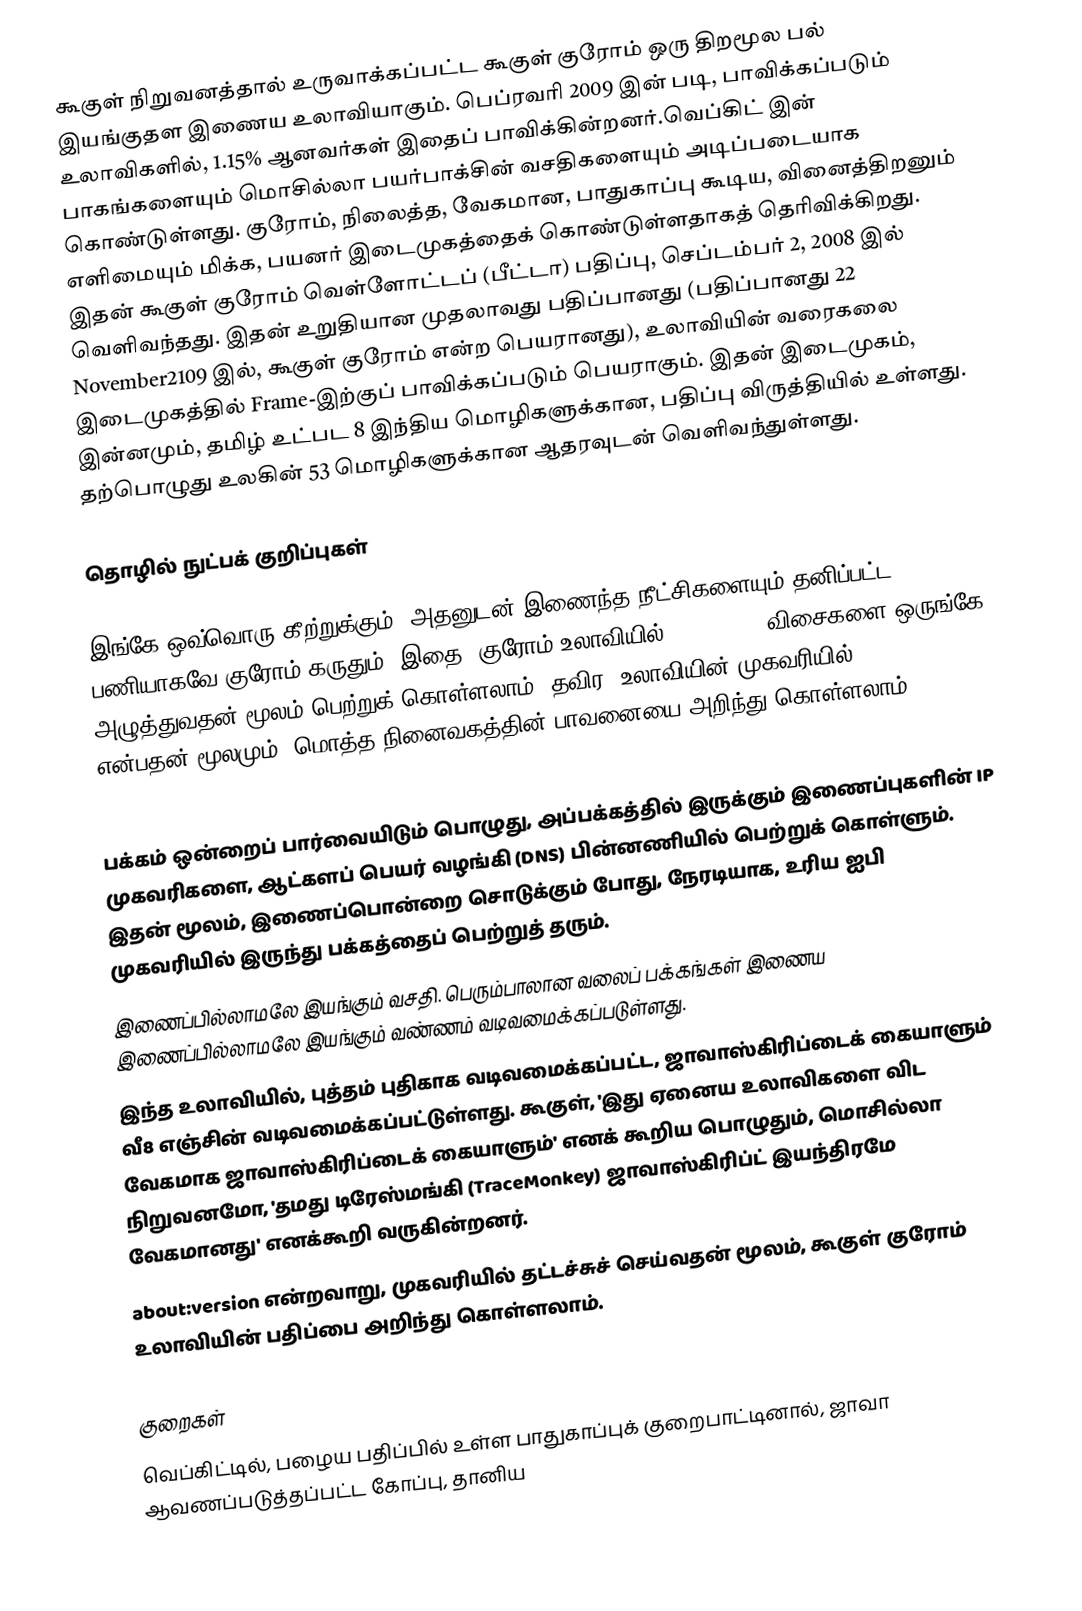
கூகுள் நிறுவனத்தால்  உருவாக்கப்பட்ட கூகுள் குரோம் ஒரு திறமூல பல் இயங்குதள இணைய உலாவியாகும். பெப்ரவரி 2009 இன் படி, பாவிக்கப்படும் உலாவிகளில், 1.15% ஆனவர்கள் இதைப் பாவிக்கின்றனர்.வெப்கிட் இன் பாகங்களையும் மொசில்லா பயர்பாக்சின் வசதிகளையும் அடிப்படையாக கொண்டுள்ளது. குரோம், நிலைத்த, வேகமான, பாதுகாப்பு கூடிய, வினைத்திறனும் எளிமையும் மிக்க, பயனர் இடைமுகத்தைக் கொண்டுள்ளதாகத் தெரிவிக்கிறது. இதன் கூகுள் குரோம் வெள்ளோட்டப் (பீட்டா) பதிப்பு, செப்டம்பர் 2, 2008 இல் வெளிவந்தது. இதன் உறுதியான முதலாவது பதிப்பானது (பதிப்பானது  22 November2109 இல், கூகுள் குரோம் என்ற பெயரானது), உலாவியின் வரைகலை இடைமுகத்தில் Frame-இற்குப் பாவிக்கப்படும் பெயராகும். இதன் இடைமுகம், இன்னமும், தமிழ் உட்பட 8 இந்திய மொழிகளுக்கான, பதிப்பு விருத்தியில் உள்ளது.  தற்பொழுது உலகின் 53 மொழிகளுக்கான ஆதரவுடன் வெளிவந்துள்ளது.

தொழில் நுட்பக் குறிப்புகள்

 இங்கே ஒவ்வொரு கீற்றுக்கும், அதனுடன் இணைந்த  நீட்சிகளையும் தனிப்பட்ட பணியாகவே குரோம் கருதும். இதை, குரோம் உலாவியில், Shift+Esc விசைகளை ஒருங்கே அழுத்துவதன் மூலம் பெற்றுக் கொள்ளலாம். தவிர, உலாவியின் முகவரியில் about:memory என்பதன் மூலமும், மொத்த நினைவகத்தின் பாவனையை அறிந்து கொள்ளலாம்.

 பக்கம் ஒன்றைப் பார்வையிடும் பொழுது, அப்பக்கத்தில் இருக்கும் இணைப்புகளின் IP முகவரிகளை, ஆட்களப் பெயர் வழங்கி (DNS) பின்னணியில் பெற்றுக் கொள்ளும். இதன் மூலம், இணைப்பொன்றை சொடுக்கும் போது, நேரடியாக, உரிய ஐபி முகவரியில் இருந்து பக்கத்தைப் பெற்றுத் தரும்.
 இணைப்பில்லாமலே இயங்கும் வசதி. பெரும்பாலான வலைப் பக்கங்கள் இணைய இணைப்பில்லாமலே இயங்கும் வண்ணம் வடிவமைக்கப்படுள்ளது.
 இந்த உலாவியில், புத்தம் புதிகாக வடிவமைக்கப்பட்ட, ஜாவாஸ்கிரிப்டைக் கையாளும் வீ8 எஞ்சின் வடிவமைக்கப்பட்டுள்ளது. கூகுள், 'இது ஏனைய உலாவிகளை விட வேகமாக ஜாவாஸ்கிரிப்டைக் கையாளும்' எனக் கூறிய பொழுதும், மொசில்லா நிறுவனமோ, 'தமது டிரேஸ்மங்கி (TraceMonkey) ஜாவாஸ்கிரிப்ட் இயந்திரமே வேகமானது' எனக்கூறி வருகின்றனர்.
 about:version என்றவாறு, முகவரியில் தட்டச்சுச் செய்வதன் மூலம், கூகுள் குரோம் உலாவியின் பதிப்பை அறிந்து கொள்ளலாம்.

குறைகள்
 வெப்கிட்டில், பழைய பதிப்பில் உள்ள பாதுகாப்புக் குறைபாட்டினால், ஜாவா ஆவணப்படுத்தப்பட்ட கோப்பு, தானிய